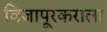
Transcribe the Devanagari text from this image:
विजापूरकराला